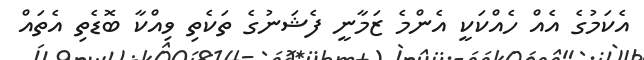
އެކަމުގެ އެއް ހެއްކަކީ އެންމެ ޒަމާނީ ފެޝަނުގެ ތަކެތި ވިއްކާ ބޮޑެތި އެތައް